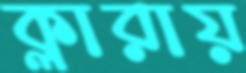
ক্লারায়